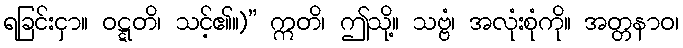
ရခြင်းငှာ။ ဝဋ္ဋတိ၊ သင့်၏။)” ဣတိ၊ ဤသို့။ သဗ္ဗံ၊ အလုံးစုံကို။ အတ္တနာဝ၊